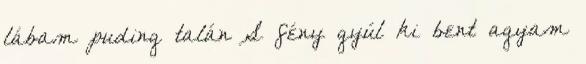
lábam puding talán S fény gyúl ki bent agyam